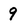
Character: 9